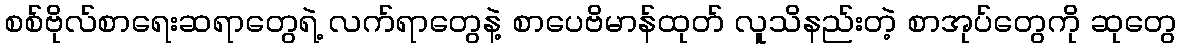
စစ်ဗိုလ်စာရေးဆရာတွေရဲ့ လက်ရာတွေနဲ့ စာပေဗိမာန်ထုတ် လူသိနည်းတဲ့ စာအုပ်တွေကို ဆုတွေ